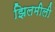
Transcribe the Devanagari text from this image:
झिलमीली